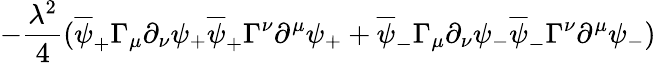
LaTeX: -{\frac{\lambda^{2}}{4}}(\overline{{{\psi}}}_{+}\Gamma_{\mu}\partial_{\nu}\psi_{+}\overline{{{\psi}}}_{+}\Gamma^{\nu}\partial^{\mu}\psi_{+}+\overline{{{\psi}}}_{-}\Gamma_{\mu}\partial_{\nu}\psi_{-}\overline{{{\psi}}}_{-}\Gamma^{\nu}\partial^{\mu}\psi_{-})